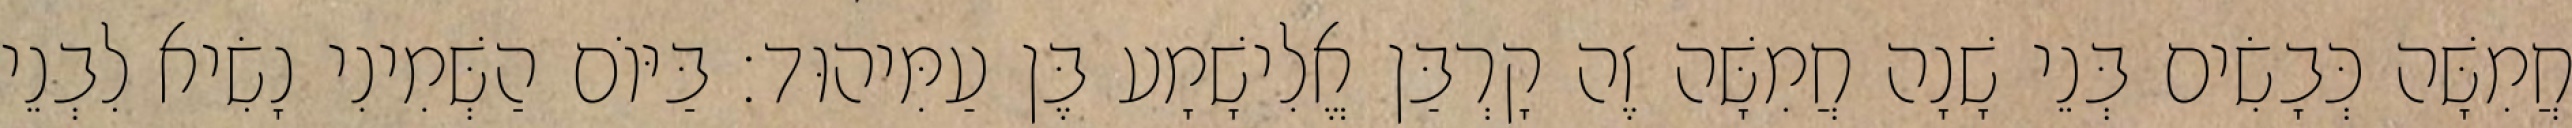
חֲמִשָּׁה כְּבָשִׂים בְּנֵי שָׁנָה חֲמִשָּׁה זֶה קָרְבַּן אֱלִישָׁמָע בֶּן עַמִּיהוּד׃ בַּיּוֹם הַשְּׁמִינִי נָשִׂיא לִבְנֵי